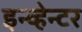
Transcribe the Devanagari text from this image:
इन्व्हेन्टर